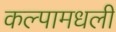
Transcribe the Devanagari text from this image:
कल्पामधली